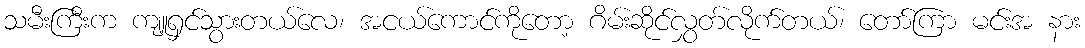
သမီးကြီးက ကျူရှင်သွားတယ်လေ၊ အငယ်ကောင်ကိုတော့ ဂိမ်းဆိုင်လွှတ်လိုက်တယ်၊ တော်ကြာ မင်းအ နား